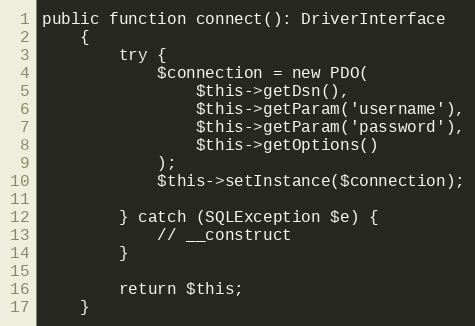
Language: PHP
public function connect(): DriverInterface
    {
        try {
            $connection = new PDO(
                $this->getDsn(),
                $this->getParam('username'),
                $this->getParam('password'),
                $this->getOptions()
            );
            $this->setInstance($connection);

        } catch (SQLException $e) {
            // __construct
        }

        return $this;
    }